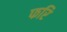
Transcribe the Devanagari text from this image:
फरि